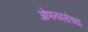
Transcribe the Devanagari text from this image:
ओणनवसेच्या